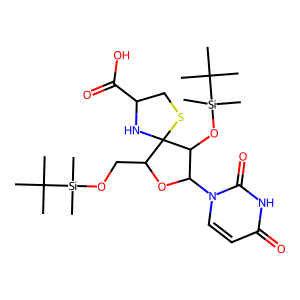
SMILES: CC(C)(C)[Si](C)(C)OCC1OC(n2ccc(=O)[nH]c2=O)C(O[Si](C)(C)C(C)(C)C)C12NC(C(=O)O)CS2
Inhibits HIV replication: No